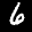
Label: 6